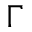
\Gamma